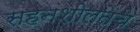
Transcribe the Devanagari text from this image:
सहनशीलतेचे